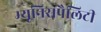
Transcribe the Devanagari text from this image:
म्यूनिसपैलिटी